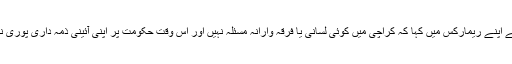
سپریم کورٹ کے چیف جسٹس نے اپنے ریمارکس میں کہا کہ کراچی میں کوئی لسانی یا فرقہ وارانہ مسئلہ نہیں اور اس وقت حکومت پر اپنی آئینی ذمہ داری پوری نہ کرنے کا الزام لگایا جا رہا ہے۔